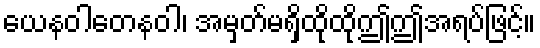
ယေနဝါတေနဝါ၊ အမှတ်မရှိထိုထိုဤဤအရပ်ဖြင့်။